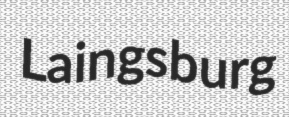
Laingsburg